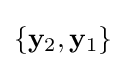
\left\{\mathbf {y} _{2},\mathbf {y} _{1}\right\}